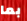
بما